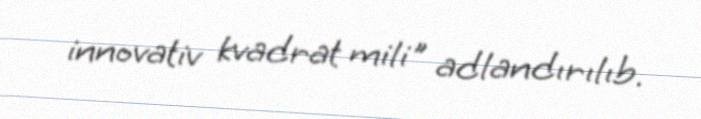
innovativ kvadrat mili" adlandırılıb.